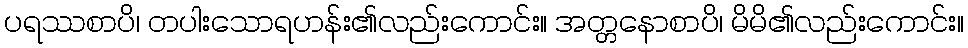
ပရဿစာပိ၊ တပါးသောရဟန်း၏လည်းကောင်း။ အတ္တနောစာပိ၊ မိမိ၏လည်းကောင်း။